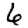
Digit: 6